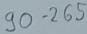
Text: 90 -265